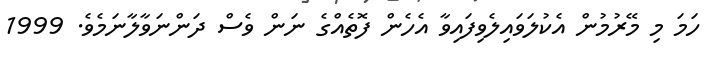
ހަމަ މި މޭރުމުން އެކުލަވައިލެވިފައިވާ އެހެން ފޮތެއްގެ ނަން ވެސް ދަންނަވާލާނަމެވެ. 1999